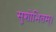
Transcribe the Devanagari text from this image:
सुशोभितम्।